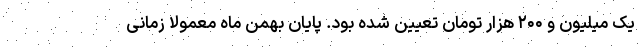
یک میلیون و ۲۰۰ هزار تومان تعیین شده بود. پایان بهمن ماه معمولا زمانی